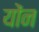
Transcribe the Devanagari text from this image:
योंन